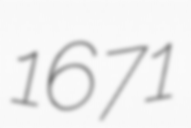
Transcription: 1671